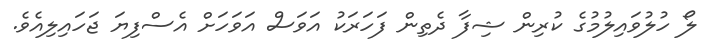
ލޯ ހުލުވައިލުމުގެ ކުރިން ޝިފާ ދެތިން ފަހަރަކު އަވަސް އަވަހަށް އެސްފިޔަ ޖަހައިލިއެވެ.